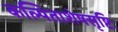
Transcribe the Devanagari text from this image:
कल्पिताशेषसृष्टिः